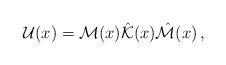
LaTeX: \begin{align*} \mathcal{U}(x)=\mathcal{M}(x)\hat{\mathcal{K}}(x)\hat{\mathcal{M}}(x)\,,\end{align*}